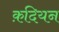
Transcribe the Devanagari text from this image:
क़दियन